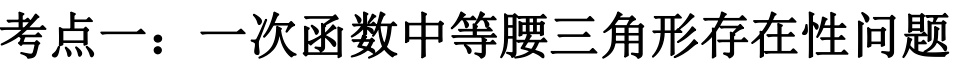
考点一：一次函数中等腰三角形存在性问题